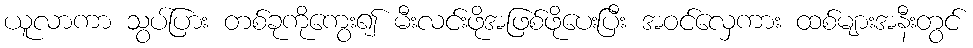
ယူလာကာ သွပ်ပြား တစ်ခုကိုကွေး၍ မီးလင်းဖိုအဖြစ်ဖိုပေးပြီး အဝင်လှေကား ထစ်များအနီးတွင်